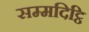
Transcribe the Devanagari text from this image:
सम्मदिट्ठि